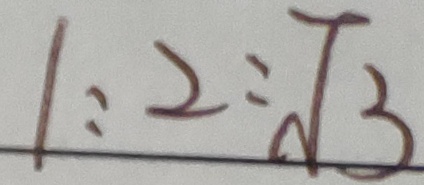
1 : 2 : \sqrt { 3 }